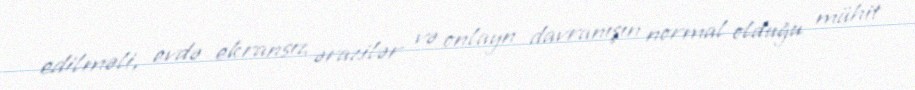
edilməli, evdə ekransız ərazilər və onlayn davranışın normal olduğu mühit